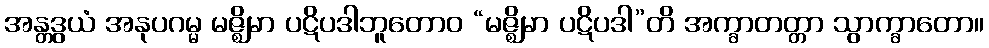
အန္တဒွယံ အနုပဂမ္မ မဇ္ဈိမာ ပဋိပဒါဘူတောဝ “မဇ္ဈိမာ ပဋိပဒါ”တိ အက္ခာတတ္တာ သွာက္ခာတော။